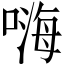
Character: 嗨